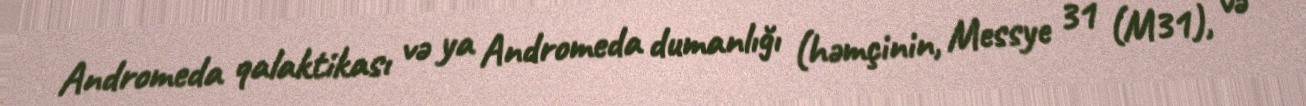
Andromeda qalaktikası və ya Andromeda dumanlığı (həmçinin, Messye 31 (M31), və